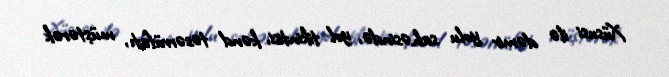
Xüsusi ilə dəmir yolu sahəsində, yol tikintisi, kənd təsərrüfatı, müştərək